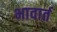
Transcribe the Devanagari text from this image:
भावार्त